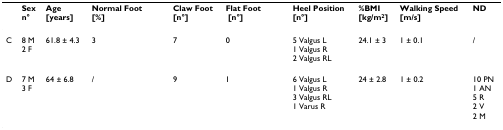
<table><thead><tr><td></td><td><b>Sexn°</b></td><td><b>Age[years]</b></td><td><b>Normal Foot [%]</b></td><td><b>Claw Foot[n°]</b></td><td><b>Flat Foot [n°]</b></td><td><b>Heel Position[n°]</b></td><td><b>%BMI[kg/m<sup>2</sup>]</b></td><td><b>Walking Speed[m/s]</b></td><td><b>ND</b></td></tr></thead><tbody><tr><td>C</td><td>8 M2 F</td><td>61.8 ± 4.3</td><td>3</td><td>7</td><td>0</td><td>5 Valgus L1 Valgus R2 Valgus RL</td><td>24.1 ± 3</td><td>1 ± 0.1</td><td>/</td></tr><tr><td>D</td><td>7 M3 F</td><td>64 ± 6.8</td><td>/</td><td>9</td><td>1</td><td>6 Valgus L1 Valgus R3 Valgus RL1 Varus R</td><td>24 ± 2.8</td><td>1 ± 0.2</td><td>10 PN1 AN5 R2 V2 M</td></tr></tbody></table>